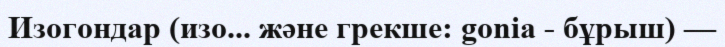
Изогондар (изо... және грекше: gonia - бұрыш) —